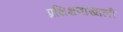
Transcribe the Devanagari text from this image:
प्रशिक्षणाखाली